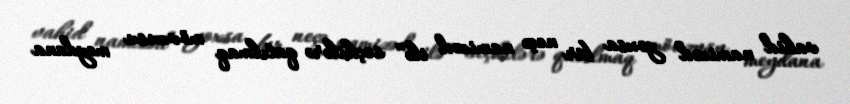
vahid namizəd yoxsa bir neçə namizəd ilə” seçkilərə qatılmaq mövzusu meydana